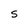
Character: S